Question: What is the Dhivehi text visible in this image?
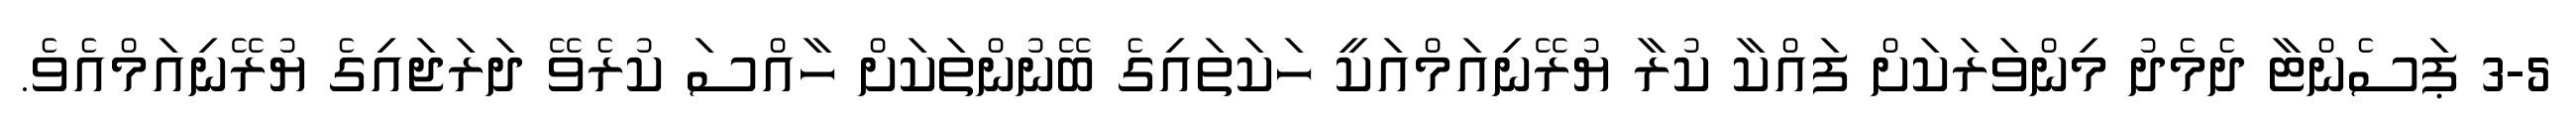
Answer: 3-5 ޕަސެންޓާ ދެމެދު މިންވަރަކަށް ފައްކާ ކުރާ ޔުރޭނިއަމްއަކީ ހަކަތައިގެ ބޭނުންތަކަށް ހާއްސަ ކުރެވޭ ދަރަޖައިގެ ޔުރޭނިއަމްއެވެ.